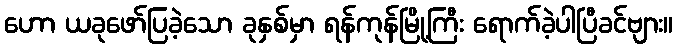
ဟော ယခုဖော်ပြခဲ့သော ခုနှစ်မှာ ရန်ကုန်မြို့ကြီး ရောက်ခဲ့ပါပြီခင်ဗျား။